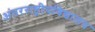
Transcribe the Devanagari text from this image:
अंतरराष्ट्रीयविद्यालय